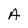
Character: A